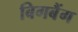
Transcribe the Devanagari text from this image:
बिगबैंग